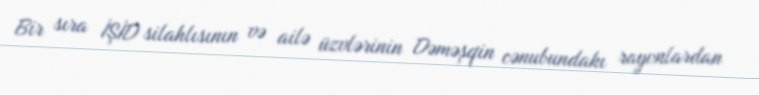
Bir sıra İŞİD silahlısının və ailə üzvlərinin Dəməşqin cənubundakı rayonlardan